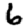
Digit: 6